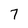
Character: 7